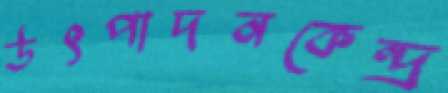
উৎপাদনকেন্দ্র